Manual of the Civil Veterinary Department, Central Provinces and Berar
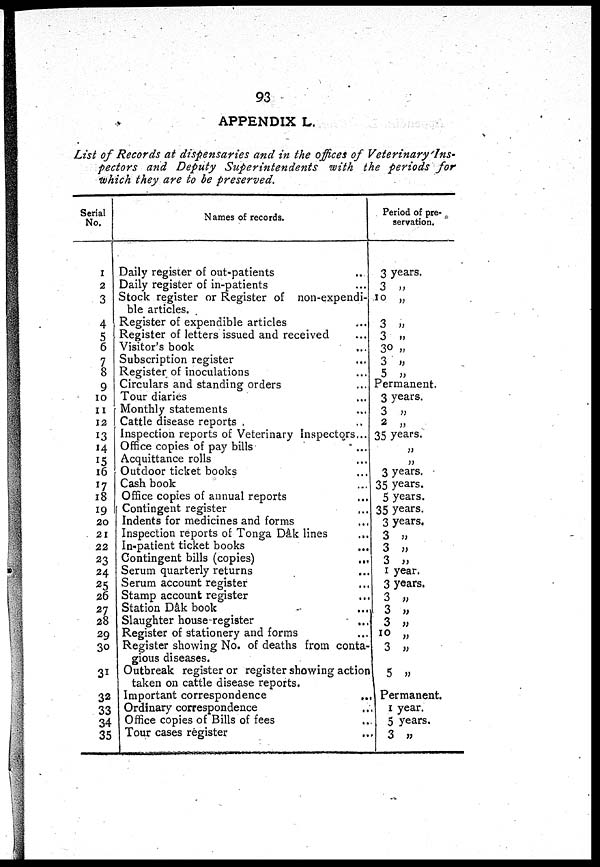
93
APPENDIX L.
List of Records at dispensaries and in the offices of
Veterinary'Ins-
pectors and Deputy Superintendents
with the periods for
which they are to be preserved.
Serial
No.
1
2
3
4
5
6
7
8
9
10
11
12
13
14
15
16
17
18
19
20
21
22
23
24
25
26
27
28
29
30
31
32
33
34
35
Names of records.
Daily register of out-patients
Daily register of in-patients
Stock register or Register of non-expendi-
ble articles.
Register of expendible articles
Register of letters issued and received
Visitor's book
...
Subscription register
Register of inoculations
Circulars and standing orders
Tour diaries
Monthly statements
Cattle disease reports . ...
Inspection reports of Veterinary inspectors...
Office copies of pay bills
Acquittance rolls
Outdoor ticket books
Cash book
Office copies of annual reports
Contingent register
Indents for medicines and forms
Inspection reports of Tonga Dâk lines
In-patient ticket books
Contingent bills (copies)
...
Serum quarterly returns
Serum account register
Stamp account register
Station Dâk book ...
Slaughter house register
Register of stationery and forms
Register showing No. of deaths from conta-
gious diseases.
Outbreak register or register showing action
taken on cattle disease reports.
Important correspondence ...
Ordinary correspondence ...
Office copies of Bills of fees ...
Tour cases register ...
Period of pre-
servation.
3 years.
3 „
10 „
3 „
3 „
30 „
3 „
5 „
Permanent.
3 years.
3 „
2 „
35 years.
„
„
3 years.
35 years.
5 years.
35 years.
3 years.
3 „
3 „
3 „
1 year.
3 years.
3 „
3
„
3 „
10 „
3 „
5 „
Permanent.
1 year.
5 years.
3 „